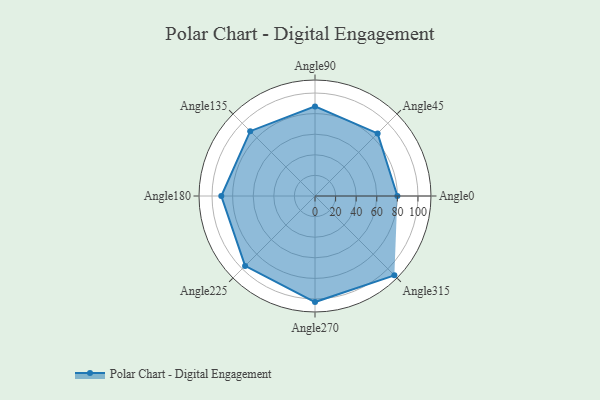
{"axis": {"x": "Angle", "y": "Radius"}, "legend": [""], "data": [{"x": "Angle0", "y": 80.0, "type": ""}, {"x": "Angle45", "y": 86.0, "type": ""}, {"x": "Angle90", "y": 87.0, "type": ""}, {"x": "Angle135", "y": 89.0, "type": ""}, {"x": "Angle180", "y": 91.0, "type": ""}, {"x": "Angle225", "y": 96.0, "type": ""}, {"x": "Angle270", "y": 103.0, "type": ""}, {"x": "Angle315", "y": 109.0, "type": ""}]}